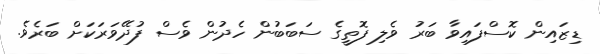
ޑިޒައިން ކޮސްފައިވާ ބަރު ވެލި ފޮތީގެ ސަބަބުން ހެދުން ވެސް ފުދޭވަރަކަށް ބަރެވެ.